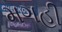
મગહી